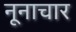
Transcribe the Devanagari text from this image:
नूनाचार